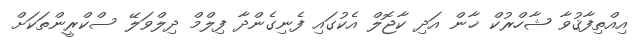
އިއްތިފާޤުވާ ޝާހްރުކް ޚާން އަދި ކާޖޮލް އެކުގައި ފެނިގެންދާ ފިލްމް ދިލްވަލޭ ސްކްރީންތަކަށް